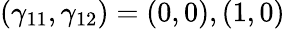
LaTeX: (\gamma_{11},\gamma_{12})=(0,0),(1,0)